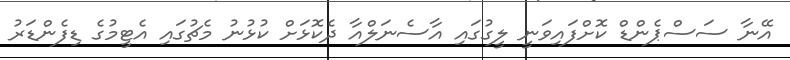
އޭނާ ސަސްޕެންޑް ކޮށްފައިވަނީ ލީގުގައި އާސެނަލްއާ ދެކޮޅަށް ކުޅުނު މެޗުގައި އެޓީމުގެ ޑިފެންޑަރު